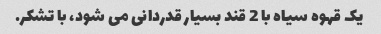
یک قهوه سیاه با 2 قند بسیار قدردانی می شود، با تشکر.